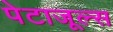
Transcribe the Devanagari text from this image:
पेटाजूल्स